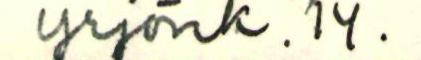
Yrjönk. 14.